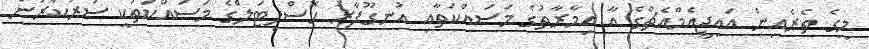
މީގެ ތެރެއިން އައިޖީއެމްއެޗްގެ އާ އިމާރާތުގެ މަސައްކަތާއި އުނގޫފާރު ހޮސްޕިޓަލްގެ މަސައްކަތަކީ ސަރުކާރުން